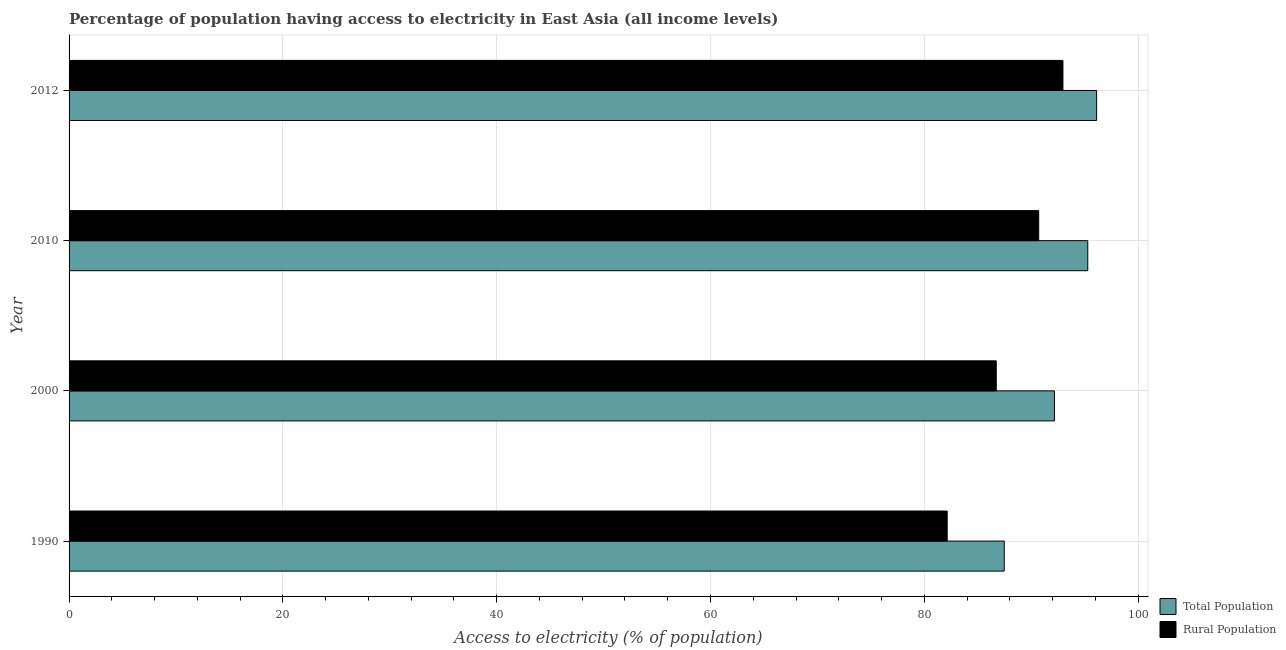
| Year | Total Population | Rural Population |
 | --- | --- | --- |
 | 1990 | 87.5 | 82.1 |
 | 2000 | 92.2 | 86.7 |
 | 2010 | 95.3 | 90.7 |
 | 2012 | 96.1 | 93 |